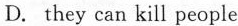
D. they can kill people